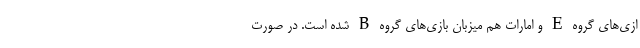
ازی‌های گروه E و امارات هم میزبان بازی‌های گروه B شده است. در صورت